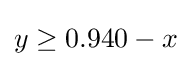
y\geq 0.940-x